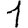
Digit: 1